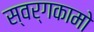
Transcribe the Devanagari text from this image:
स्वर्गकामो